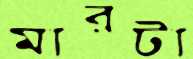
মারটা